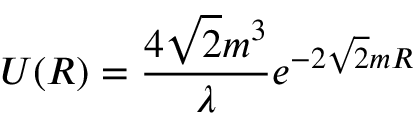
U ( R ) = { \frac { 4 \sqrt { 2 } m ^ { 3 } } { \lambda } } e ^ { - 2 \sqrt { 2 } m R }